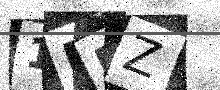
Text: 1PMZ